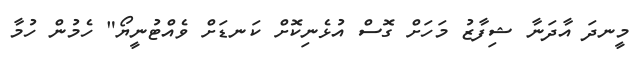
މީނދަ އާދަނާ ޝިފާޒު މަހަށް ގޮސް އުޅެނިކޮށް ކަނޑަށް ވެއްޓުނީޔޯ" ހެމުން ހުމާ